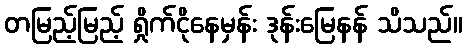
တမြည့်မြည့် ရှိုက်ငိုနေမှန်း ဒုန်းမြေနန် သိသည်။